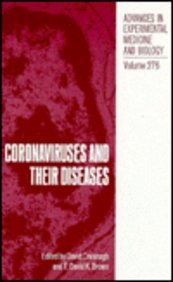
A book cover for Coronaviruses and their Diseases (NATO Asi Series. Series B, Physics); Medical Books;